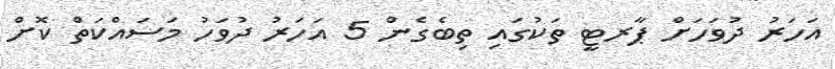
އަހަރު ދުވަހަށް ޕާރޓީ ތަކުގައި ތިބެގެން 5 އަހަރު ދުވަހު މަސައްކަތް ކޮށް